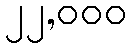
၂၂,၀၀၀